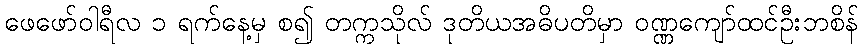
ဖေဖော်ဝါရီလ ၁ ရက်နေ့မှ စ၍ တက္ကသိုလ် ဒုတိယအဓိပတိမှာ ဝဏ္ဏကျော်ထင်ဦးဘစိန်